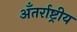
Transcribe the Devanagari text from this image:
अँतर्राष्ट्रीय